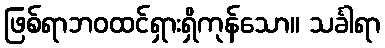
ဖြစ်ရာဘဝထင်ရှားရှိကုန်သော။ သင်္ခါရာ